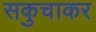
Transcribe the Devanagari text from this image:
सकुचाकर